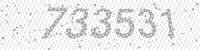
Solution: 733531